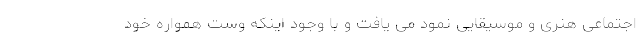
اجتماعی هنری و موسیقایی نمود می یافت و با وجود اینکه وست همواره خود